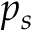
p _ { s }